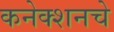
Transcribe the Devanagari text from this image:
कनेक्शनचे